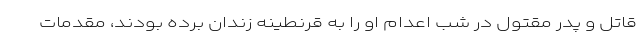
قاتل و پدر مقتول در شب اعدام او را به قرنطینه زندان برده بودند، مقدمات